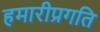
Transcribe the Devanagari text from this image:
हमारीप्रगति